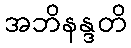
အဘိနန္ဒတိ